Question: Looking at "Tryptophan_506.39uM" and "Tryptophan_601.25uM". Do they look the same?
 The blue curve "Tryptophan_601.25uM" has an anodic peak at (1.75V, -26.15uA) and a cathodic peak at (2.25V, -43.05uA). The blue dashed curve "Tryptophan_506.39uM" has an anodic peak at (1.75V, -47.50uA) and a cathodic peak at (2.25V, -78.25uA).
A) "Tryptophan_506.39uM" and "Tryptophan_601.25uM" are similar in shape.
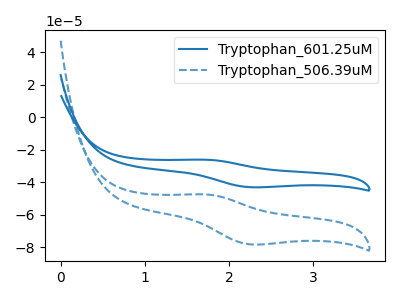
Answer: <think>All the peaks in "Tryptophan_506.39uM" have a peak in "Tryptophan_601.25uM" at the same potential.
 </think>
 <answer>A) "Tryptophan_506.39uM" and "Tryptophan_601.25uM" are similar in shape.</answer>
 <eval>A</eval>